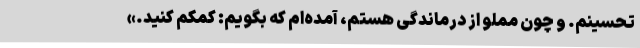
تحسینم. و چون مملو از درماندگی هستم، آمده‌ام که بگویم: کمکم کنید.»